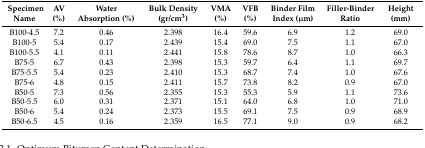
<table><thead><tr><td><b>Specimen Name</b></td><td><b>AV (%)</b></td><td><b>Water Absorption (%)</b></td><td><b>Bulk Density (gr/cm<sup>3</sup>)</b></td><td><b>VMA (%)</b></td><td><b>VFB (%)</b></td><td><b>Binder Film Index (μm)</b></td><td><b>Filler-Binder Ratio</b></td><td><b>Height (mm)</b></td></tr></thead><tbody><tr><td>B100-4.5</td><td>7.2</td><td>0.46</td><td>2.398</td><td>16.4</td><td>59.6</td><td>6.9</td><td>1.2</td><td>69.0</td></tr><tr><td>B100-5</td><td>5.4</td><td>0.17</td><td>2.439</td><td>15.4</td><td>69.0</td><td>7.5</td><td>1.1</td><td>67.0</td></tr><tr><td>B100-5.5</td><td>4.1</td><td>0.11</td><td>2.441</td><td>15.8</td><td>78.6</td><td>8.7</td><td>1.0</td><td>66.3</td></tr><tr><td>B75-5</td><td>6.7</td><td>0.43</td><td>2.398</td><td>15.3</td><td>59.7</td><td>6.4</td><td>1.1</td><td>69.7</td></tr><tr><td>B75-5.5</td><td>5.4</td><td>0.23</td><td>2.410</td><td>15.3</td><td>68.7</td><td>7.4</td><td>1.0</td><td>67.6</td></tr><tr><td>B75-6</td><td>4.8</td><td>0.15</td><td>2.411</td><td>15.7</td><td>73.8</td><td>8.2</td><td>0.9</td><td>67.0</td></tr><tr><td>B50-5</td><td>7.3</td><td>0.56</td><td>2.355</td><td>15.3</td><td>55.3</td><td>5.9</td><td>1.1</td><td>73.6</td></tr><tr><td>B50-5.5</td><td>6.0</td><td>0.31</td><td>2.371</td><td>15.1</td><td>64.0</td><td>6.8</td><td>1.0</td><td>71.0</td></tr><tr><td>B50-6</td><td>5.4</td><td>0.24</td><td>2.373</td><td>15.5</td><td>69.1</td><td>7.5</td><td>0.9</td><td>68.9</td></tr><tr><td>B50-6.5</td><td>4.5</td><td>0.16</td><td>2.359</td><td>16.5</td><td>77.1</td><td>9.0</td><td>0.9</td><td>68.2</td></tr></tbody></table>